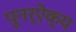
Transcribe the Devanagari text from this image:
पुनर्ऐक्य